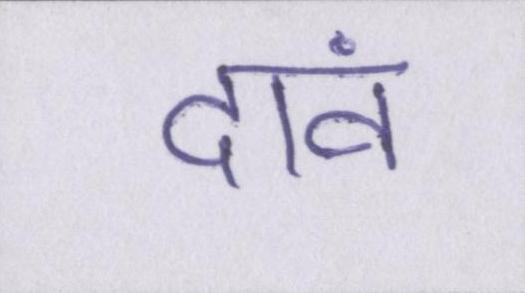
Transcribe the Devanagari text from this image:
दावं